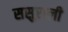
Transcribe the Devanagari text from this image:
ससुराली